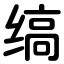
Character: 缟